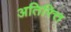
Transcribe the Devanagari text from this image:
अतिरित्त